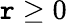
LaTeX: \mathtt{r}\geq0